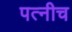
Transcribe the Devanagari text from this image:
पत्नीच